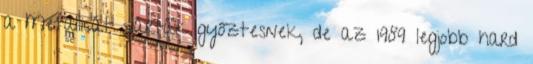
a Metallicát várták győztesnek, de az 1989 legjobb hard